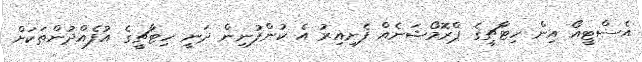
އެސްޓީއޯ އިން ހިޓާޗީގެ ޕްރޮމޯޝަނެއް ފެށިއިރު އެ ކުންފުނިން ދަނީ ހިޓާޗީގެ އުފެއްދުންތަކަށް